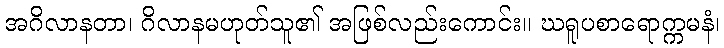
အဂိလာနတာ၊ ဂိလာနမဟုတ်သူ၏ အဖြစ်လည်းကောင်း။ ဃရူပစာရောက္ကမနံ၊